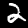
Digit: 2